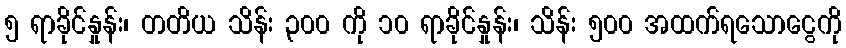
၅ ရာခိုင်နှုန်း၊ တတိယ သိန်း ၃၀၀ ကို ၁၀ ရာခိုင်နှုန်း၊ သိန်း ၅၀၀ အထက်ရသောငွေကို